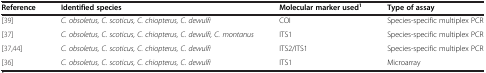
<table><thead><tr><td><b>Reference</b></td><td><b>Identified species</b></td><td><b>Molecular marker used<sup>1</sup></b></td><td><b>Type of assay</b></td></tr></thead><tbody><tr><td>[39]</td><td><i>C. obsoletus, C. scoticus, C. chiopterus, C. dewulfi</i></td><td>COI</td><td>Species-specific multiplex PCR</td></tr><tr><td>[37]</td><td><i>C. obsoletus, C. scoticus, C. chiopterus, C. dewulfi, C. montanus</i></td><td>ITS1</td><td>Species-specific multiplex PCR</td></tr><tr><td>[37,44]</td><td><i>C. obsoletus, C. scoticus, C. chiopterus, C. dewulfi</i></td><td>ITS2/ITS1</td><td>Species-specific multiplex PCR</td></tr><tr><td>[36]</td><td><i>C. obsoletus, C. scoticus, C. chiopterus, C. dewulfi</i></td><td>ITS1</td><td>Microarray</td></tr></tbody></table>